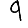
Digit: 9